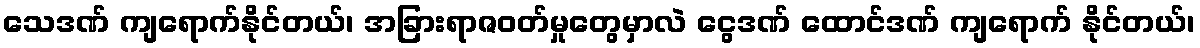
သေဒဏ် ကျရောက်နိုင်တယ်၊ အခြားရာဇဝတ်မှုတွေမှာလဲ ငွေဒဏ် ထောင်ဒဏ် ကျရောက် နိုင်တယ်၊